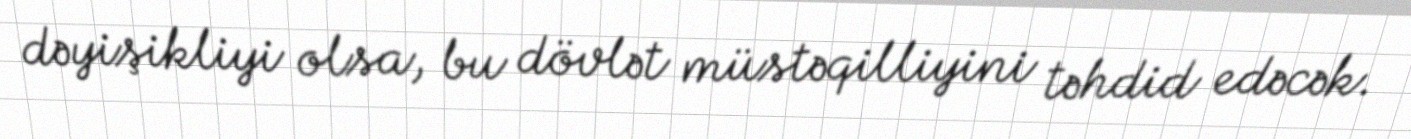
dəyişikliyi olsa, bu dövlət müstəqilliyini təhdid edəcək.